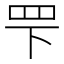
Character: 𬙖